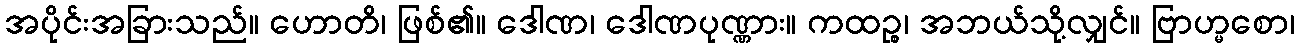
အပိုင်းအခြားသည်။ ဟောတိ၊ ဖြစ်၏။ ဒေါဏ၊ ဒေါဏပုဏ္ဏား။ ကထဉ္စ၊ အဘယ်သို့လျှင်။ ဗြာဟ္မစော၊